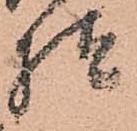
様